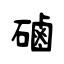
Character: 磠